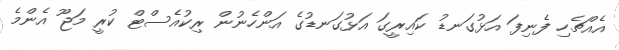
އެއްޗެހި ފެނިފަ އަޅުގަނޑު ކައިރީގަ އަޅުގަނޑުގެ އަންހެނުން ރިކުއެސްޓް ކުރީ މަޖޫ އެންމެ